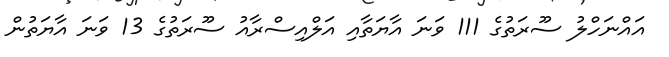
އައްނަހްލު ސޫރަތުގެ 111 ވަނަ އާޔަތާއި އަލްއިސްރާއު ސޫރަތުގެ 13 ވަނަ އާޔަތުން